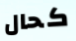
كحال